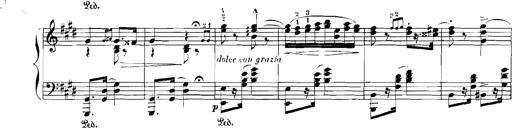
Title: Rhapsodies hongroises
Composer: Franz Liszt